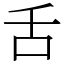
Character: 舌